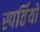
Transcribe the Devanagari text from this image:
स्पर्तियों